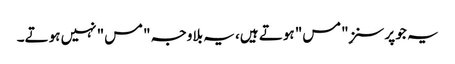
یہ جو پرسنز ِ"مس" ہوتے ہیں، یہ بلاوجہ "مس" نہیں ہوتے۔